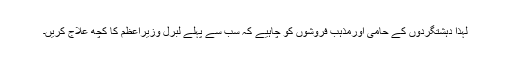
لہذا دہشتگردوں کے حامی اورمذہب فروشوں کو چاہیے کہ سب سے پہلے لبرل وزیراعظم کا کچھ علاج کریں۔